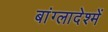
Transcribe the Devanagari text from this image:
बांग्लादेश्में